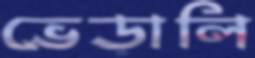
ভেড়ালি